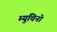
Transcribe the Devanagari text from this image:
म्युचिनो